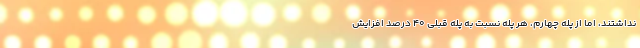
نداشتند، اما از پله چهارم، هر پله نسبت به پله قبلی 40 درصد افزایش